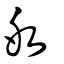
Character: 冰